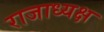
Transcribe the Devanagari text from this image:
राजाध्‍यक्ष